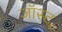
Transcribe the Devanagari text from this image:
जॉस्ट